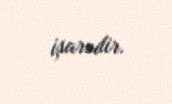
işarədir.